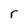
Character: r